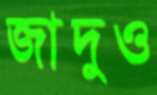
জাদুও